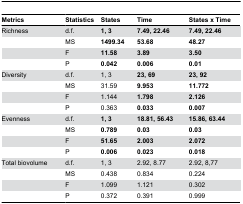
| Metrics | Statistics | States | Time | States x Time |
 | --- | --- | --- | --- | --- |
 | Richness | d.f. | 1, 3 | 7.49, 22.46 | 7.49, 22.46 |
 |  | MS | 1499.34 | 53.68 | 48.27 |
 |  | F | 11.58 | 3.89 | 3.50 |
 |  | P | 0.042 | 0.006 | 0.01 |
 | Diversity | d.f. | 1, 3 | 23, 69 | 23, 92 |
 |  | MS | 31.59 | 9.953 | 11.772 |
 |  | F | 1.144 | 1.798 | 2.126 |
 |  | P | 0.363 | 0.033 | 0.007 |
 | Evenness | d.f. | 1, 3 | 18.81, 56.43 | 15.86, 63.44 |
 |  | MS | 0.789 | 0.03 | 0.03 |
 |  | F | 51.65 | 2.003 | 2.072 |
 |  | P | 0.006 | 0.023 | 0.018 |
 | Total biovolume | d.f. | 1, 3 | 2.92, 8.77 | 2.92, 8,77 |
 |  | MS | 0.438 | 0.834 | 0.224 |
 |  | F | 1.099 | 1.121 | 0.302 |
 |  | P | 0.372 | 0.391 | 0.999 |